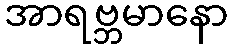
အာရဗ္ဘမာနော